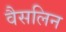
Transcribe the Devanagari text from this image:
वैसलिन